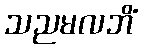
သညမလဘိံ